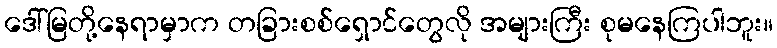
ဒေါ်မြတို့နေရာမှာက တခြားစစ်ရှောင်တွေလို အများကြီး စုမနေကြပါဘူး။